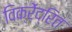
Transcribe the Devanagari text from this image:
विक्रेंद्रित